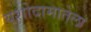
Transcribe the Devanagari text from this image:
यशोदामातेला